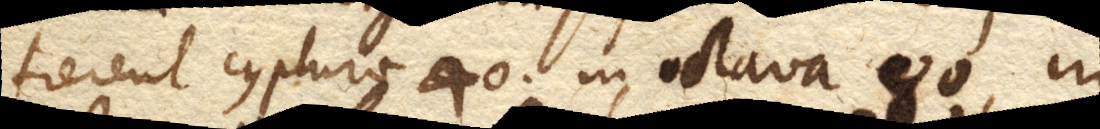
fierent cyphrae 40. in octava 80, in